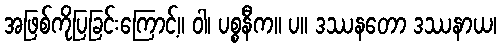
အဖြစ်ကိုပြခြင်းကြောင့်။ ဝါ၊ ပစ္စနီက။ ပ။ ဒဿနတော ဒဿနာယ၊